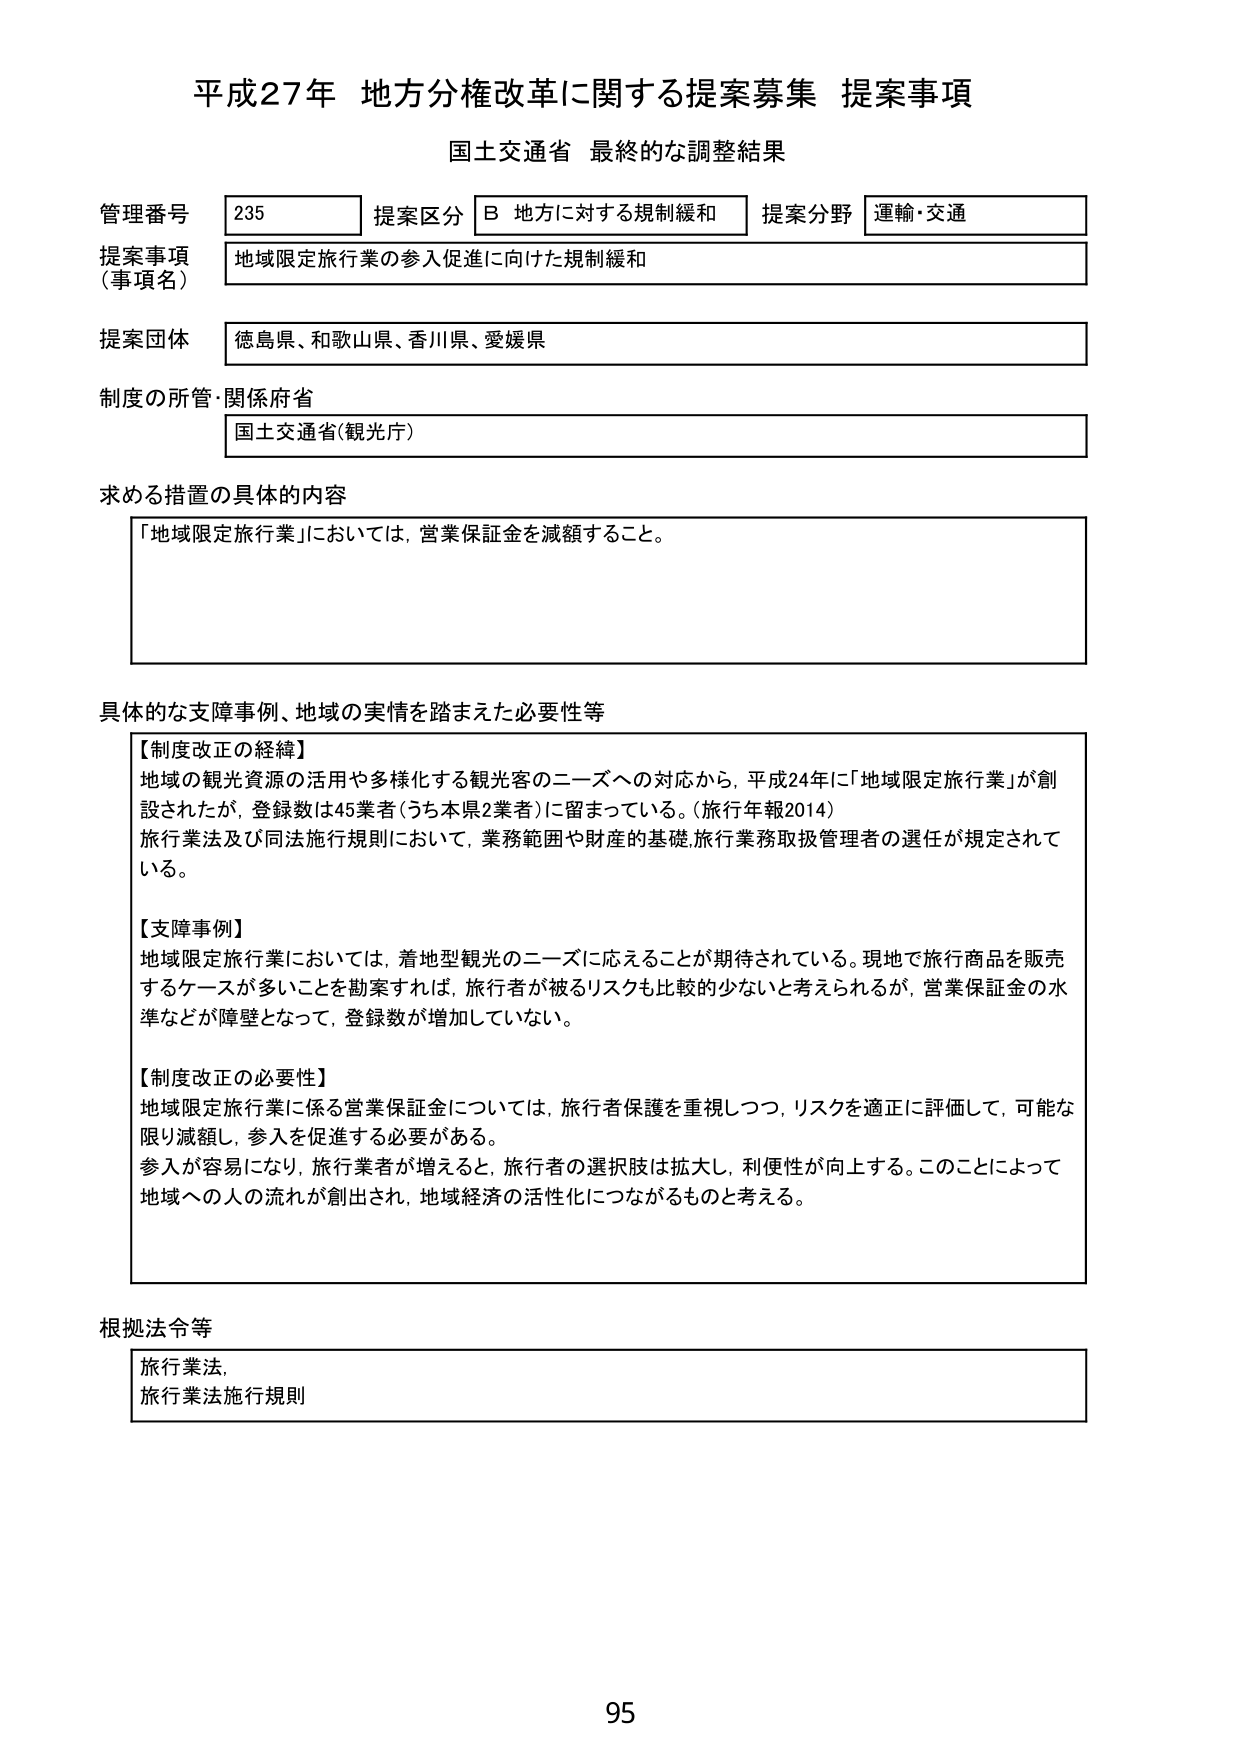
平成27年 地方分権改革に関する提案募集 提案事項
国土交通省 最終的な調整結果

管理番号 235
提案区分 B 地方に対する規制緩和
提案分野 運輸・交通

提案事項（事項名） 地域限定旅行業の参入促進に向けた規制緩和

提案団体 徳島県、和歌山県、香川県、愛媛県

制度の所管・関係府省 国土交通省（観光庁）

求める措置の具体的内容
「地域限定旅行業」においては、営業保証金を減額すること。

具体的な支障事例、地域の実情を踏まえた必要性等
【制度改正の経緯】
地域の観光資源の活用や多様化する観光客のニーズへの対応から、平成24年に「地域限定旅行業」が創設されたが、登録数は45業者（うち本県2業者）に留まっている。（旅行年報2014）
旅行業法及び同法施行規則において、業務範囲や財産の基礎・旅行業務取扱管理者の選任が規定されている。

【支障事例】
地域限定旅行業においては、着地型観光のニーズに応えることが期待されている。現地で旅行商品を販売するケースが多いことを勘案すれば、旅行者が被るリスクも比較的少ないと考えられるが、営業保証金の水準などが障壁となって、登録数が増加していない。

【制度改正の必要性】
地域限定旅行業に係る営業保証金については、旅行者保護を重視しつつ、リスクを適正に評価して、可能な限り減額し、参入を促進する必要がある。
参入が容易になり、旅行業者が増えると、旅行者の選択肢は拡大し、利便性が向上する。このことによって地域への人の流れが創出され、地域経済の活性化につながるものと考える。

根拠法令等
旅行業法、
旅行業法施行規則

95